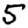
Digit: 5